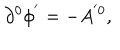
LaTeX: \partial ^ { 0 } \phi ^ { ^ { \prime } } = - A ^ { ^ { \prime } 0 } ,